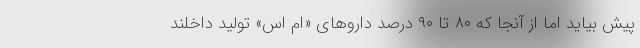
پیش بیاید اما از آنجا که ۸۰ تا ۹۰ درصد داروهای «ام اس» تولید داخلند